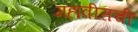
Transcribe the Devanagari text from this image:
महावीराची